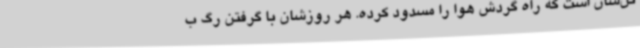
تن‌شان است که راه گردش هوا را مسدود کرده. هر روزشان با گرفتن رگ ب